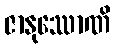
ဇာနုဿောဏိ